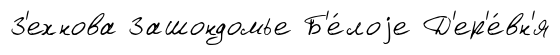
З'ехнова Зашондомье Б'е́лоjе Д'ер'е́вн'я